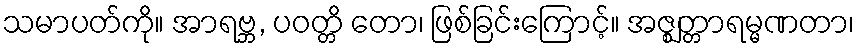
သမာပတ်ကို။ အာရဗ္ဘ, ပဝတ္တိ တော၊ ဖြစ်ခြင်းကြောင့်။ အဇ္ဈတ္တာရမ္မဏတာ၊